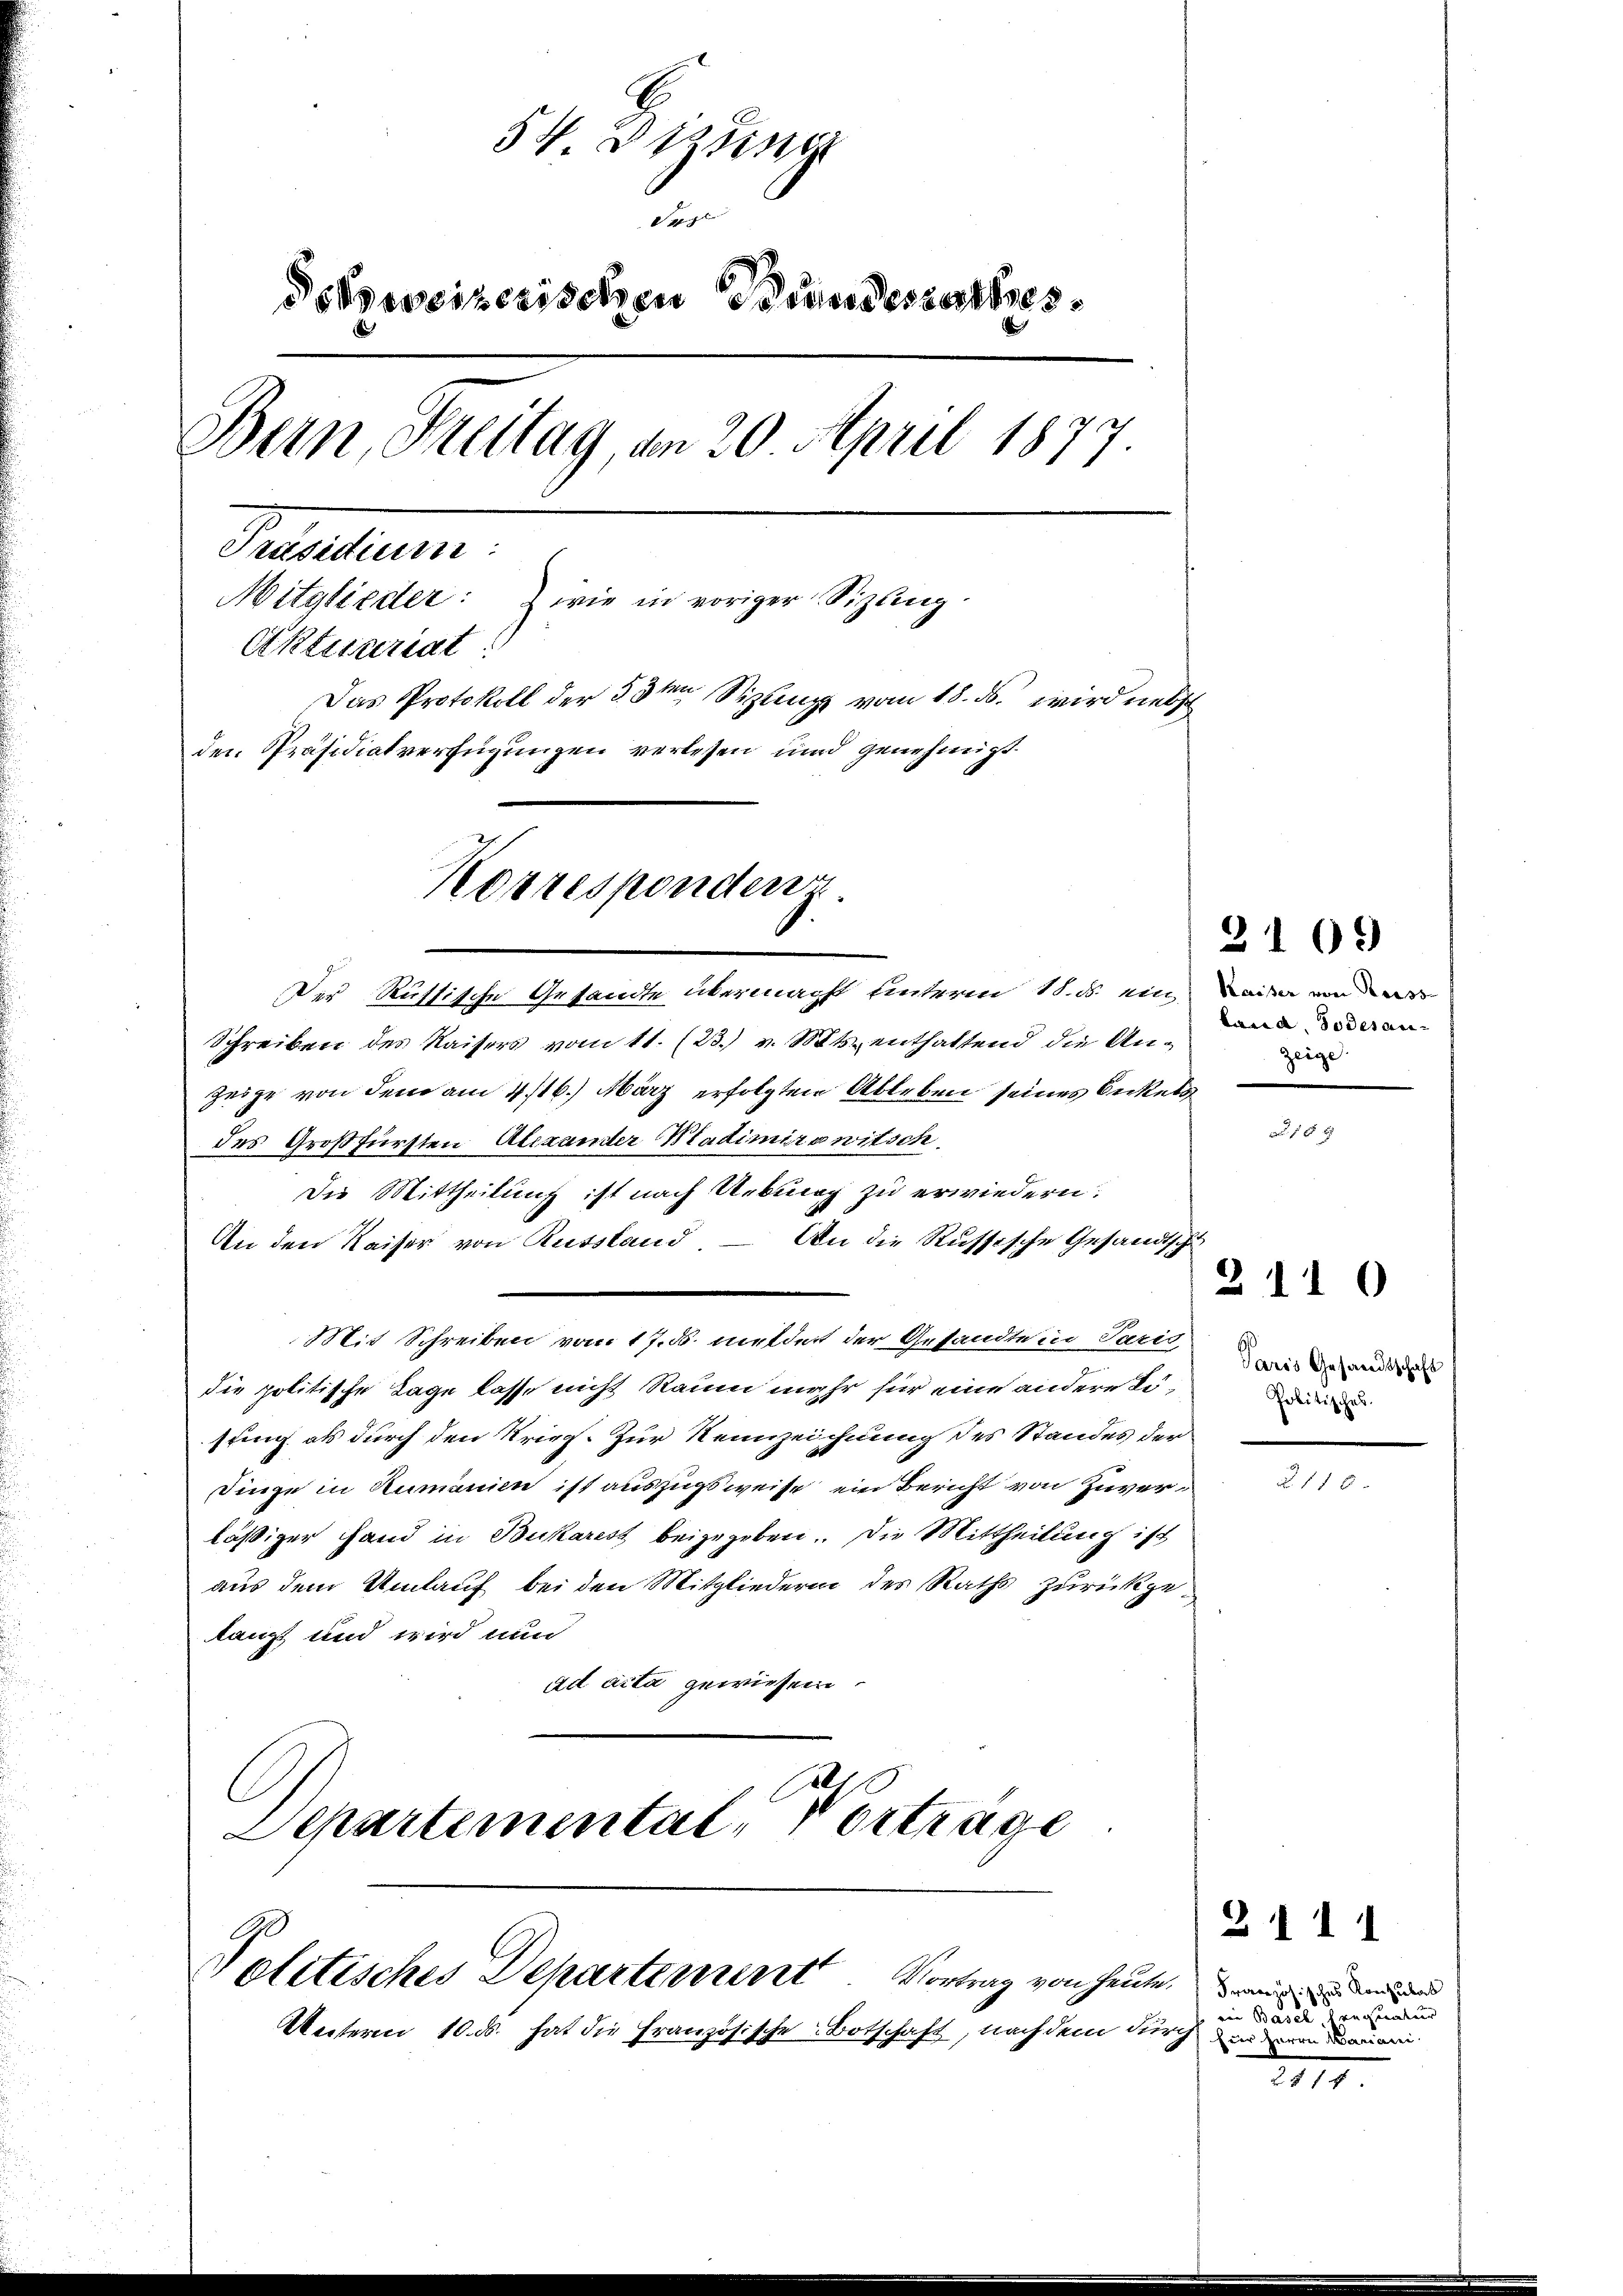
54 Dizung
de
dokweizerischen Brandesrathes
Bern, Freitag, am 20. April 1877
Transtrum
Mitglieder: wie in voriger Sizling.
Aktuariat
Das Protokoll der 33ten Sizling vom 18. ds. wird nebst
den Präsidialverfügungen verlesen und genehmigt.
Korrespondenz.

Der Rüttische Gesandte übermacht unterm 18. ds. ein eine von

Schreiben des Kaisers vom 11. (23. v. Mts. enthaltend die An¬
Zeige von dem am 4. 116. März erfolgten Ableben seines Beckels
des Großfürsten Alexander Bladimirawitsch
Die Mittheilung ist nach Uebung zu erwiedern:
An den Kaiser von Russland – An die Russische Gesandtsche
Mit Schreiben vom 17. ds. melder der Gesandte in Parten der
die politische Tage lasse nicht Raum mehr für eine andere Kösting als durch den Krief. Zur Neunzeichnung des Standes der
Dinge in Rumänien ist auszugsweise ein Bericht von Zuverläßiger Hand in Bukares beizugeben. Die Mittheilung ist
aus dem Umlauf bei den Mitgliederin des Raths zurückgelangt und wird nun
ad acta gewiesen
ls
Departemental, Vortrage

Politisches Departement Vortrag von heute, wenn d
Unterm 10. ds. hat die Französische Botschaft, nachdem durch denen einen

land, Todesan-
zeige

2109

x

Politisches.

2110

2118

2111

ein Basel requatur

211